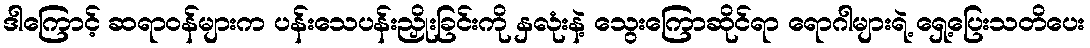
ဒါကြောင့် ဆရာဝန်များက ပန်းသေပန်းညှိုးခြင်းကို နှလုံးနဲ့ သွေးကြောဆိုင်ရာ ရောဂါများရဲ့ ရှေ့ပြေးသတိပေး